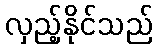
လှည့်နိုင်သည်